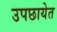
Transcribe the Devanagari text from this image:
उपछायेत